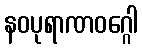
နဝပုရာဏဝဂ္ဂေါ